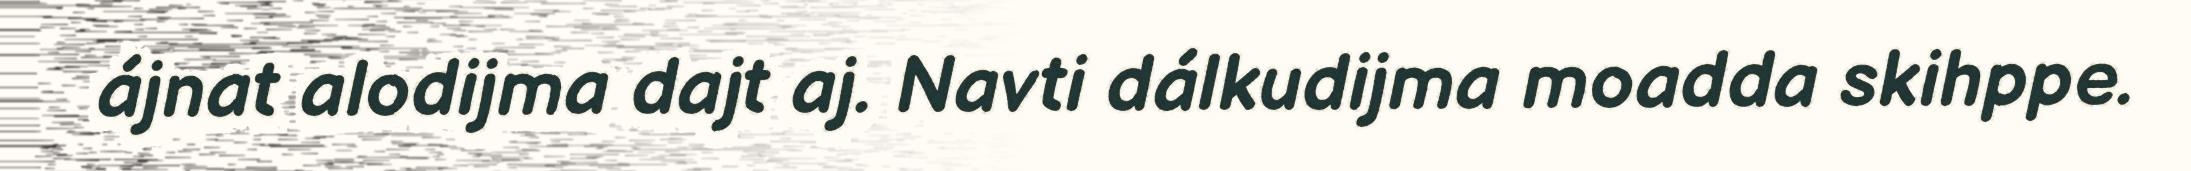
ájnat alodijma dajt aj. Navti dálkudijma moadda skihppe.